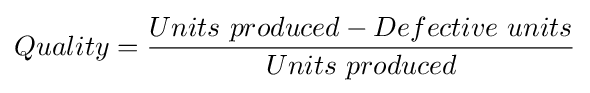
Quality={\frac {Units\ produced-Defective\ units}{Units\ produced}}